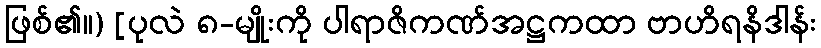
ဖြစ်၏။) [ပုလဲ ၈-မျိုးကို ပါရာဇိကဏ်အဋ္ဌကထာ ဗာဟိရနိဒါန်း